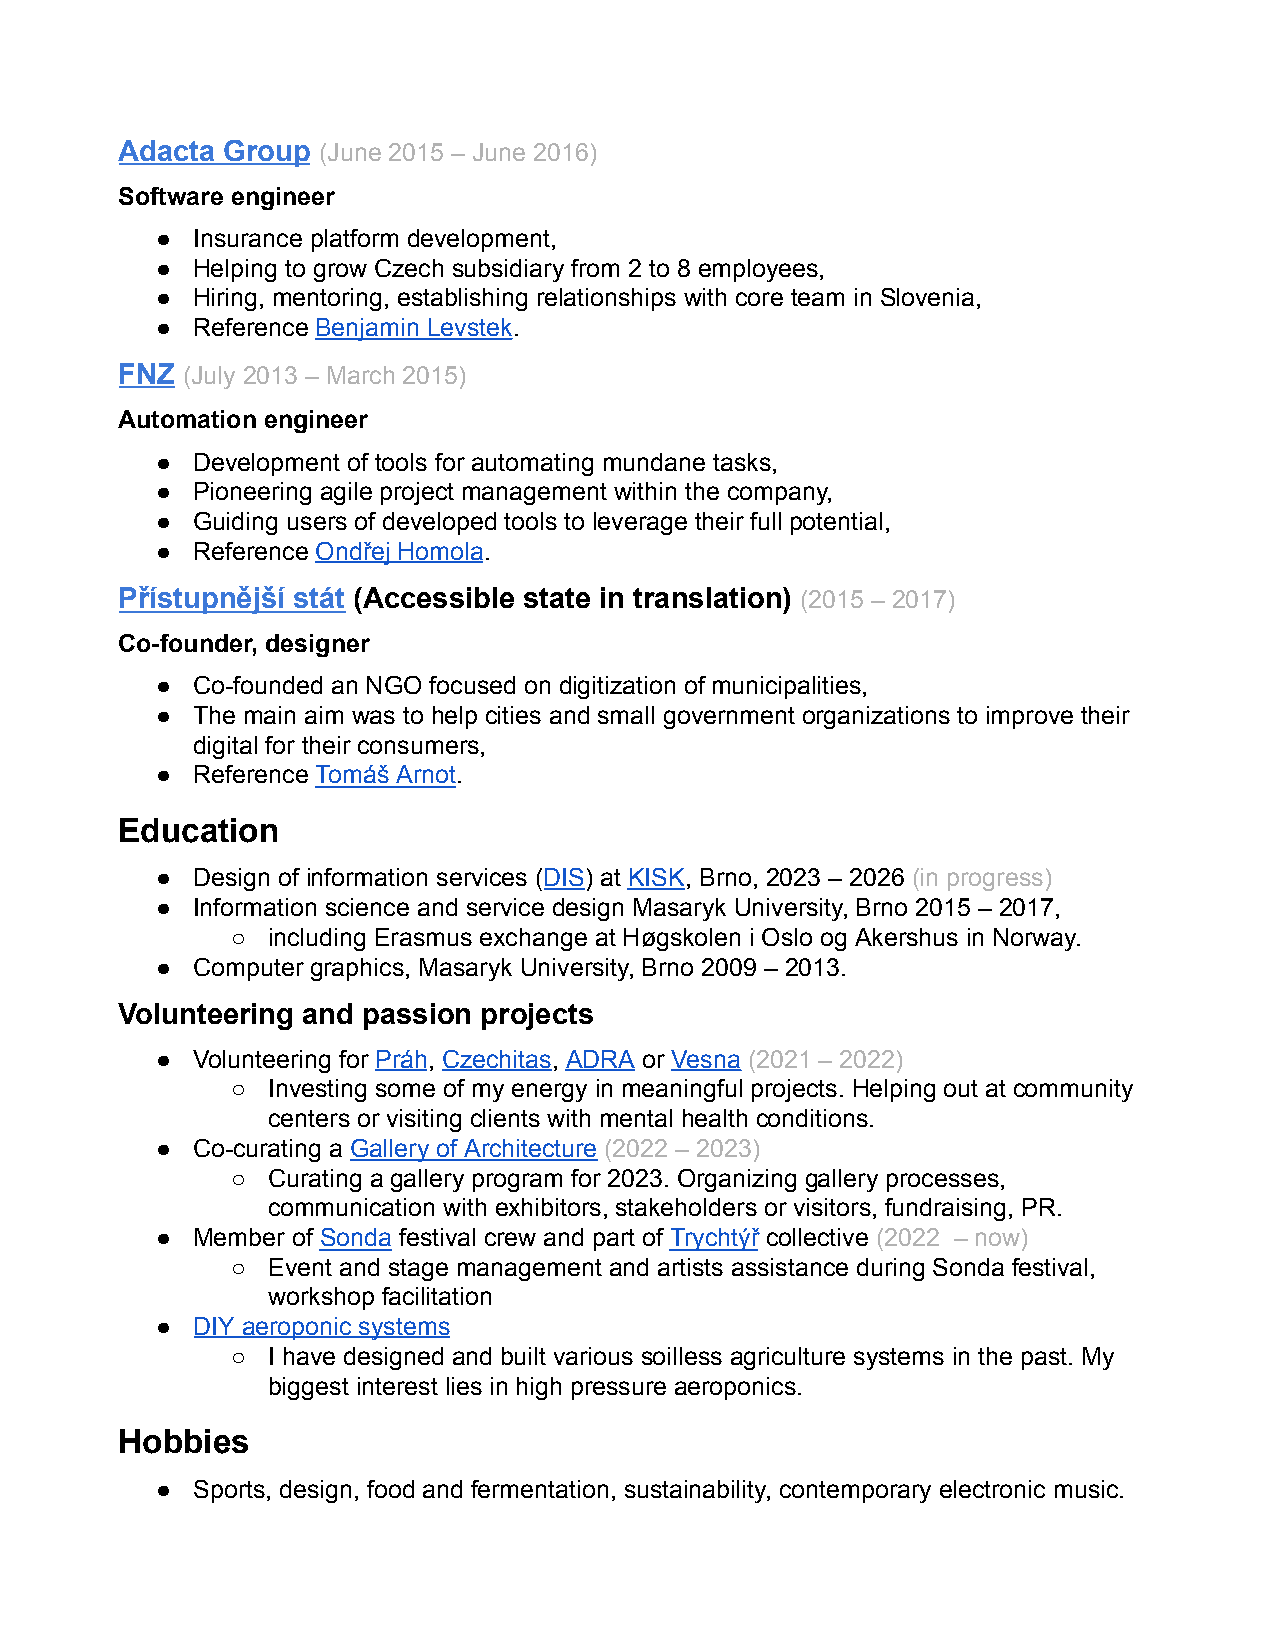
Adacta Group (June 2015 – June 2016)
 Software engineer
 ●  Insurance platform development,
 ●  Helping to grow Czech subsidiary from 2 to 8 employees,
 ●  Hiring, mentoring, establishing relationships with core team in Slovenia,
 ●  Reference Benjamin Levstek.
 FNZ (July 2013 – March 2015)
 Automation engineer
 ●  Development of tools for automating mundane tasks,
 ●  Pioneering agile project management within the company,
 ●  Guiding users of developed tools to leverage their full potential,
 ●  Reference Ondřej Homola.
 Přístupnější stát (Accessible state in translation) (2015 – 2017)
 Co-founder, designer
 ●  Co-founded an NGO focused on digitization of municipalities,
 ●  The main aim was to help cities and small government organizations to improve their
 digital for their consumers,
 ●  Reference Tomáš Arnot.
 Education
 ●  Design of information services (DIS) at KISK, Brno, 2023 – 2026 (in progress)
 ●  Information science and service design Masaryk University, Brno 2015 – 2017,
 ○  including Erasmus exchange at Høgskolen i Oslo og Akershus in Norway.
 ●  Computer graphics, Masaryk University, Brno 2009 – 2013.
 Volunteering and passion projects
 ●  Volunteering for Práh, Czechitas, ADRA or Vesna (2021 – 2022)
 ○  Investing some of my energy in meaningful projects. Helping out at community
 centers or visiting clients with mental health conditions.
 ●  Co-curating a Gallery of Architecture (2022 – 2023)
 ○  Curating a gallery program for 2023. Organizing gallery processes,
 communication with exhibitors, stakeholders or visitors, fundraising, PR.
 ●  Member of Sonda festival crew and part of Trychtýř collective (2022 – now)
 ○  Event and stage management and artists assistance during Sonda festival,
 workshop facilitation
 ●  DIY aeroponic systems
 ○  I have designed and built various soilless agriculture systems in the past. My
 biggest interest lies in high pressure aeroponics.
 Hobbies
 ●  Sports, design, food and fermentation, sustainability, contemporary electronic music.